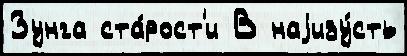
Зунга ста́рост'и В наjизу́сть